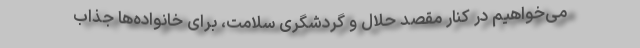
می‌خواهیم در کنار مقصد حلال و گردشگری سلامت، برای خانواده‌ها جذاب